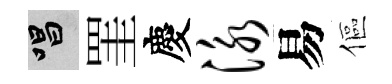
唱罣慶泳易傴